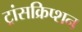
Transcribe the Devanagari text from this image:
ट्रांसक्रिप्‍शन